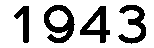
1943